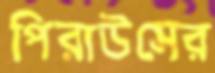
পিরাউসের